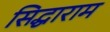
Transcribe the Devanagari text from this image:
सिद्धाराम